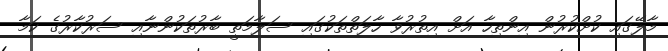
މާލޭގައި ކުށްކުރުން އިންތިހާ އަށް އިތުރުވާ ހާލަތްތަކުގައި ސަލާމަތީ ބާރުތަކުންނާއި ސަރުކާރުގެ ކަމާ